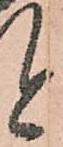
と